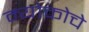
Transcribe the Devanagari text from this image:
म्योकोचे